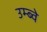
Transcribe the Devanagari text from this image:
उम्ब्वे